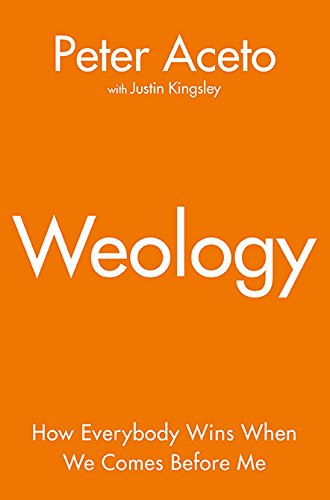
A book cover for Weology; Peter Aceto; Business & Money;